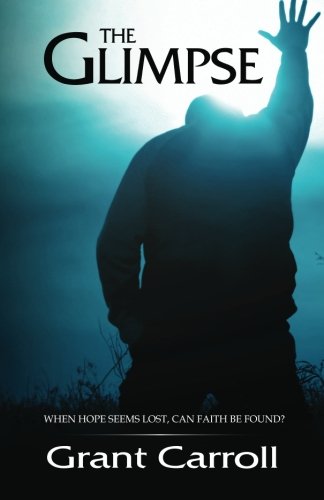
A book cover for The Glimpse; Grant Austin Carroll; Christian Books & Bibles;